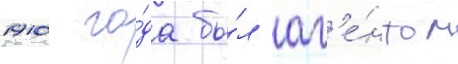
1910 го́да бы́л аг'е́нтом